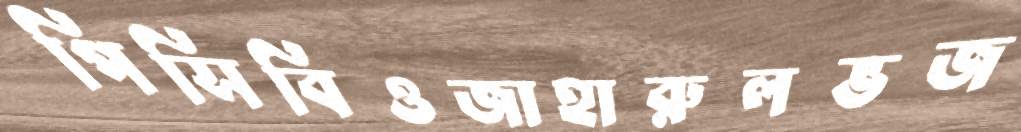
পিসিবিওজাহারুলভজ